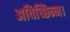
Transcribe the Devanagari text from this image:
अविच्छिन्न।